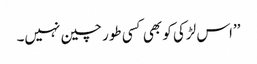
’’اس لڑکی کو بھی کسی طور چین نہیں۔